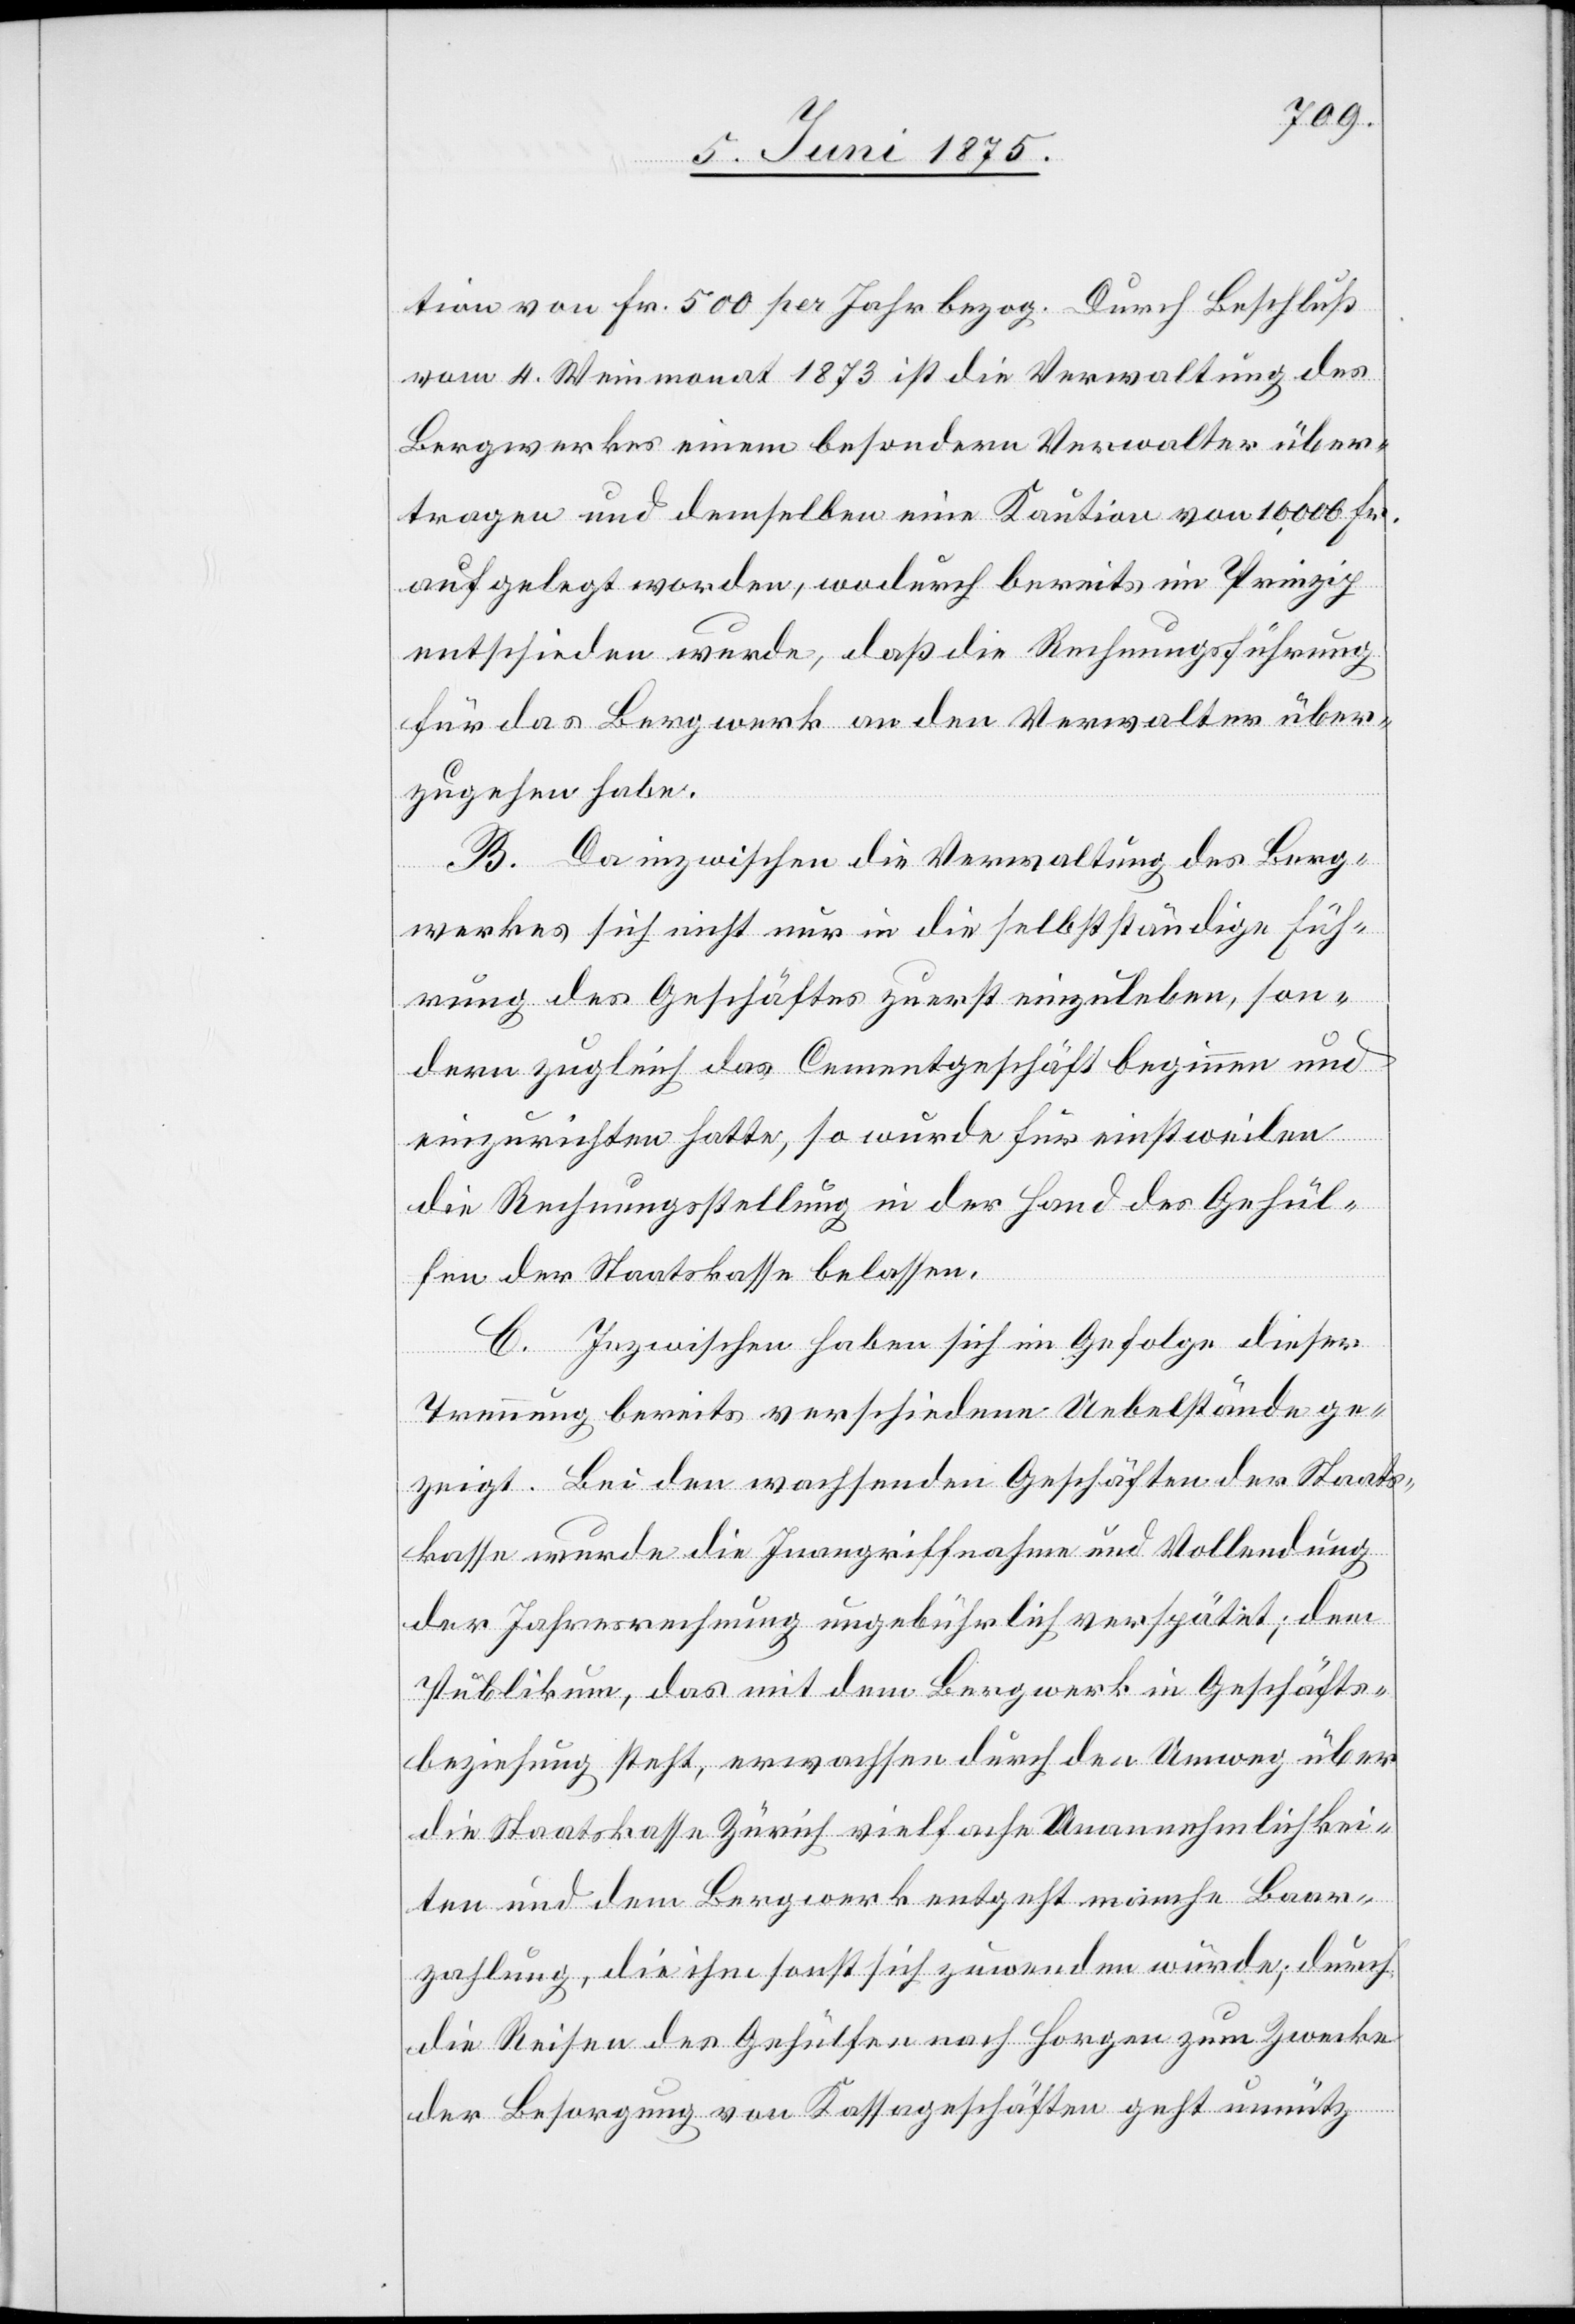
tion von Fr. 500 per Jahr bezog. Durch Beschluß
vom 4. Weinmonat 1873 ist die Verwaltung des
Bergwerkes einem besondern Verwalter über¬
tragen und demselben eine Kaution von 10,000 Fr.
aufgelegt worden, wodurch bereits im Prinzip
entschieden wurde, daß die Rechnungsführung
für das Bergwerk an den Verwalter über¬
zugehen habe.
B. Da inzwischen die Verwaltung des Berg¬
werkes sich nicht nur in die selbstständige Füh¬
rung des Geschäftes zuerst einzuladen, son¬
dern zugleich das Cementgeschäft beginnen und
einzurichten hatte, so wurde für einstweilen
die Rechnungsstellung in der Hand des Gehül¬
fen der Staatskasse belassen.
C. Inzwischen haben sich im Gefolge dieser
Trennung bereits verschiedene Uebelstände ge¬
zeigt. Bei den wachsenden Geschäften der Staats¬
kasse wurde die Inangriffnahme und Vollendung
der Jahresrechnung ungebührlich verspätet; dem
Publikum, das mit dem Bergwerk in Geschäfts¬
beziehung steht, erwachsen durch den Umweg über
die Staatskasse Zürich vielfache Unannehmlichkei¬
ten und dem Bergwerk entgeht manche Baar¬
zahlung, die ihm sonst sich zuwenden würde; durch
die Reisen des Gehülfen nach Horgen zum Zwecke
der Besorgung von Kassageschäften geht unnütz